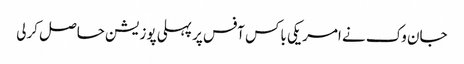
جان وک نے امریکی باکس آفس پر پہلی پوزیشن حاصل کرلی